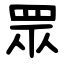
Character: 眾